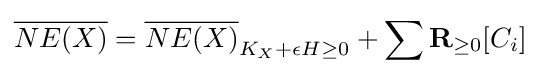
{\overline {NE(X)}}={\overline {NE(X)}}_{K_{X}+\epsilon H\geq 0}+\sum \mathbf {R} _{\geq 0}[C_{i}]